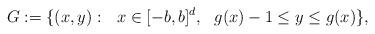
LaTeX: \begin{align*}G:=\{ (x, y):\ \ x\in [-b,b]^{d},\ \ g(x)-1\leq y\leq g(x)\},\end{align*}